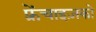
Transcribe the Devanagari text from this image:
फ़्रेंचाइज़को